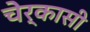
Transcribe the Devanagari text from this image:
चेर्कासी